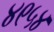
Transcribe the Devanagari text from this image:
४९५४